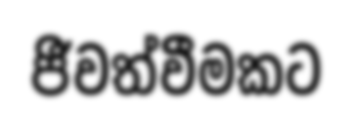
ජීවත්වීමකට